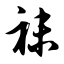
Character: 袜